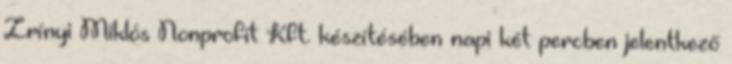
Zrínyi Miklós Nonprofit Kft. készítésében napi két percben jelentkező